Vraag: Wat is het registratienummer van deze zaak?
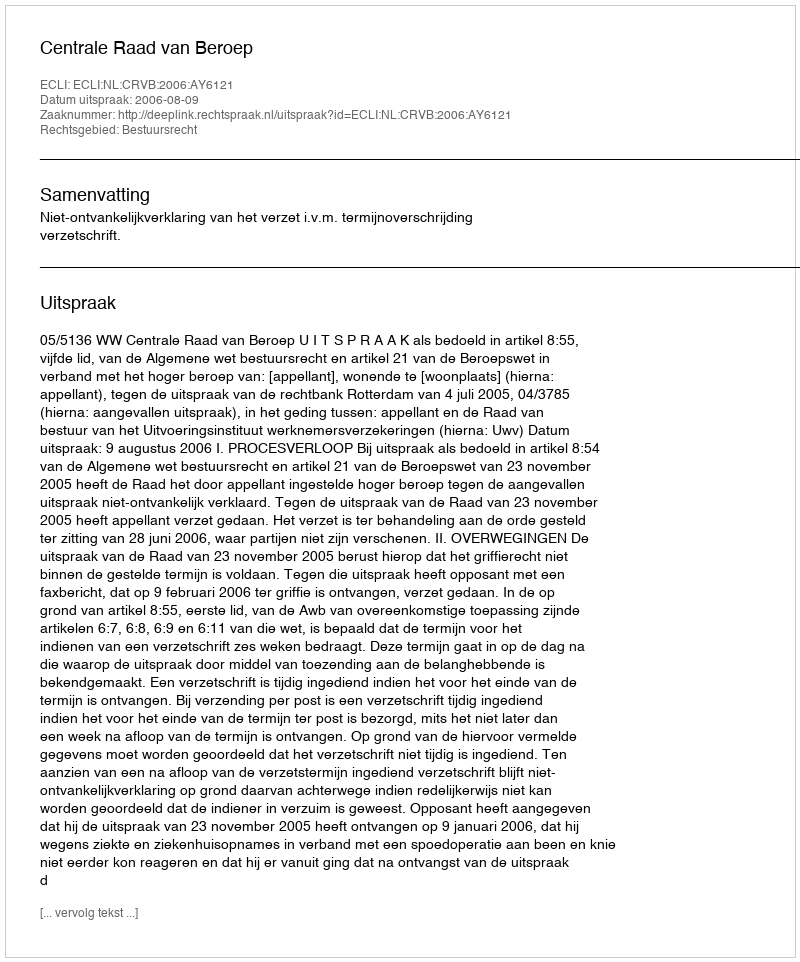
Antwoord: http://deeplink.rechtspraak.nl/uitspraak?id=ECLI:NL:CRVB:2006:AY6121